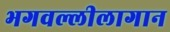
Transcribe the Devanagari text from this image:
भगवल्लीलागान